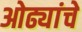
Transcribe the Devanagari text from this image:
ओढ्यांचे